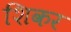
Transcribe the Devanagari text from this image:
शिकर